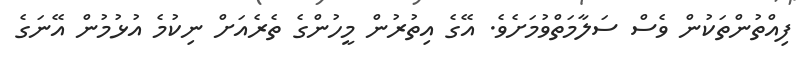
ފިއްތުންތަކުން ވެސް ސަލާމަތްވުމަށެވެ. އޭގެ އިތުރުން މީހުންގެ ތެރެއަށް ނިކުމެ އުޅުމުން އޭނަގެ